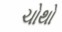
ચોથો